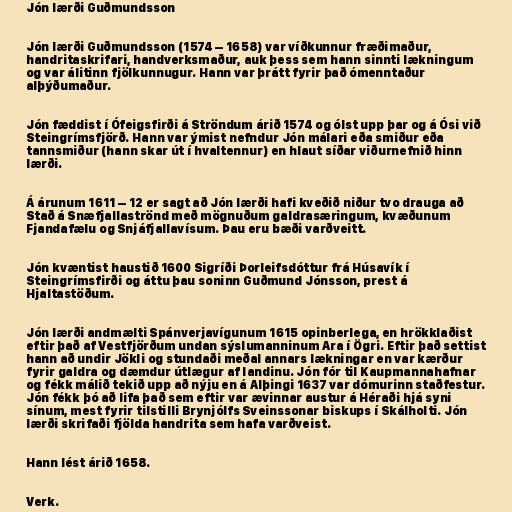
Jón lærði Guðmundsson

Jón lærði Guðmundsson (1574 – 1658) var víðkunnur fræðimaður,
handritaskrifari, handverksmaður, auk þess sem hann sinnti lækningum
og var álitinn fjölkunnugur. Hann var þrátt fyrir það ómenntaður
alþýðumaður.

Jón fæddist í Ófeigsfirði á Ströndum árið 1574 og ólst upp þar og á Ósi við
Steingrímsfjörð. Hann var ýmist nefndur Jón málari eða smiður eða
tannsmiður (hann skar út í hvaltennur) en hlaut síðar viðurnefnið hinn
lærði.

Á árunum 1611 – 12 er sagt að Jón lærði hafi kveðið niður tvo drauga að
Stað á Snæfjallaströnd með mögnuðum galdrasæringum, kvæðunum
Fjandafælu og Snjáfjallavísum. Þau eru bæði varðveitt.

Jón kvæntist haustið 1600 Sigríði Þorleifsdóttur frá Húsavík í
Steingrímsfirði og áttu þau soninn Guðmund Jónsson, prest á
Hjaltastöðum.

Jón lærði andmælti Spánverjavígunum 1615 opinberlega, en hrökklaðist
eftir það af Vestfjörðum undan sýslumanninum Ara í Ögri. Eftir það settist
hann að undir Jökli og stundaði meðal annars lækningar en var kærður
fyrir galdra og dæmdur útlægur af landinu. Jón fór til Kaupmannahafnar
og fékk málið tekið upp að nýju en á Alþingi 1637 var dómurinn staðfestur.
Jón fékk þó að lifa það sem eftir var ævinnar austur á Héraði hjá syni
sínum, mest fyrir tilstilli Brynjólfs Sveinssonar biskups í Skálholti. Jón
lærði skrifaði fjölda handrita sem hafa varðveist.

Hann lést árið 1658.

Verk.